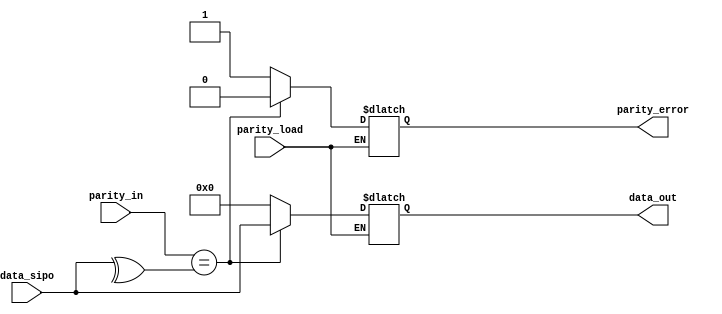
`timescale 1ns / 1ps
//////////////////////////////////////////////////////////////////////////////////
// Company: 
// Engineer: 
// 
// Design Name: 
// Module Name:    PARITY_CHECK 
// Project Name: 
// Target Devices: 
// Tool versions: 
// Description: 
//
// Dependencies: 
//
// Revision: 
// Revision 0.01 - File Created
// Additional Comments: 
//
//////////////////////////////////////////////////////////////////////////////////
//module PARITY_CHECK(
//		input  parity_in,parity_load,
//		input [7:0] data_sipo,
//		output reg parity_error,
//		output reg [7:0] data_out
//    );
//	 //reg [7:0]temp;
//	 always @(*)
//		begin
//	    if(parity_load)
//				begin
//					if(parity_in == ^data_sipo)
//						begin
//							parity_error = 1'b0;
//							data_out = data_sipo;
//						end
//					else
//						begin
//							parity_error = 1'b1;
//							data_out = 8'd0;
//						end
//				end
//		end
//endmodule

module PARITY_CHECK(
		input  parity_in,parity_load,
		input [7:0] data_sipo,
		output reg parity_error,
		output reg [7:0] data_out
    );
	 //reg [7:0]temp;
	 always @(*)
		begin
	    if(parity_load)
				begin
					if(parity_in == ^data_sipo)
						begin
							parity_error = 1'b0;
							data_out = data_sipo;
						end
					else
						begin
							parity_error = 1'b1;
							data_out = 8'd0;
						end
				end
		end
endmodule